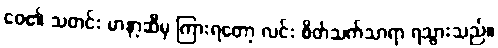
ဝေ၏ သတင်း မာနာ့ဆီမှ ကြားရတော့ လင်း စိတ်သက်သာရာ ရသွားသည်။